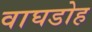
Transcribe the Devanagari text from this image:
वाघडोह